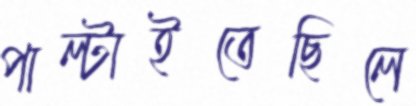
পাল্‌টাইতেছিলে